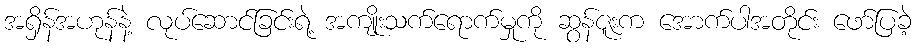
အရှိန်အဟုန်နဲ့ လုပ်ဆောင်ခြင်းရဲ့ အကျိုးသက်ရောက်မှုကို ဆွန်ဇူးက အောက်ပါအတိုင်း ဖော်ပြခဲ့